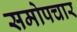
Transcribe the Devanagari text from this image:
समोपचार